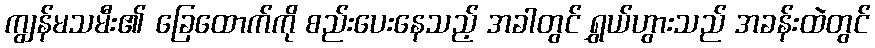
ကျွန်မသမီး၏ ခြေထောက်ကို စည်းပေးနေသည့် အခါတွင် ရွှယ်ဟွားသည် အခန်းထဲတွင်